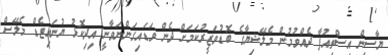
ޔާސީން އިސްތިއުފާ ދެއްވުމުން މެލޭޝިޔާގެ ބޮޑުވަޒީރުކަމަށް ދެން ވަޑައިގަންނަވާނީ އިދިކޮޅު ޔުނައިޓެޑް މެލޭސް